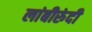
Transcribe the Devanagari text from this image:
लांबीरुंदी